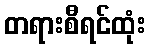
တရားစီရင်ထုံး